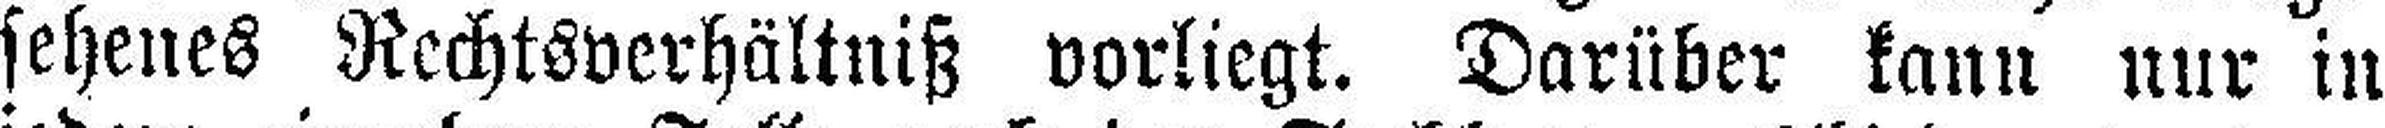
sehenes Rechtsverhältniß vorliegt. Darüber kann nur in